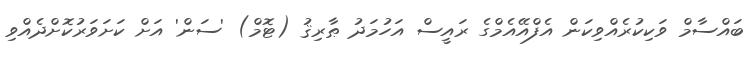
ބައްސާމް ވަކިކުރެއްވިކަން އެފްއޭއެމްގެ ރައީސް އަހުމަދު ޠާރިޤު (ޓޮމް) 'ސަން' އަށް ކަށަވަރުކޮށްދެއްވި